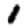
Digit: 1